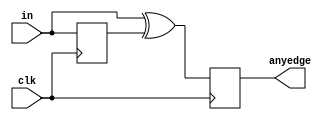
module top_module(
    input clk,
    input [7:0] in,
    output [7:0] anyedge
);

    reg [7:0] w;
	
    always@(posedge clk)
        begin
            w<=in;
            anyedge<=in^w;
        end
    
endmodule